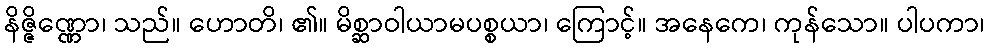
နိဇ္ဇိဏ္ဏော၊ သည်။ ဟောတိ၊ ၏။ မိစ္ဆာဝါယာမပစ္စယာ၊ ကြောင့်။ အနေကေ၊ ကုန်သော။ ပါပကာ၊